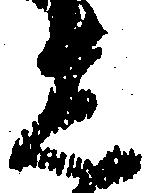
し